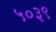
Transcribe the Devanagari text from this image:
५०३९